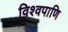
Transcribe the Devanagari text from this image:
विश्वपाणि